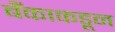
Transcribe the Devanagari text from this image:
बँकाकडून